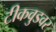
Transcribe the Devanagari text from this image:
टीकवुडवर